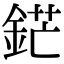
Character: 鋩